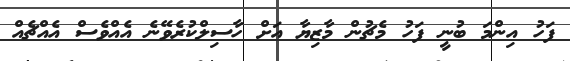
ފަހު އިންމަ ބުނީ ފަހު މެޗުން މާޒިޔާ އަށް ހާސިލްކުރެވޭނެ އެއްވެސް އެއްޗެއް